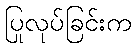
ပြုလုပ်ခြင်းက